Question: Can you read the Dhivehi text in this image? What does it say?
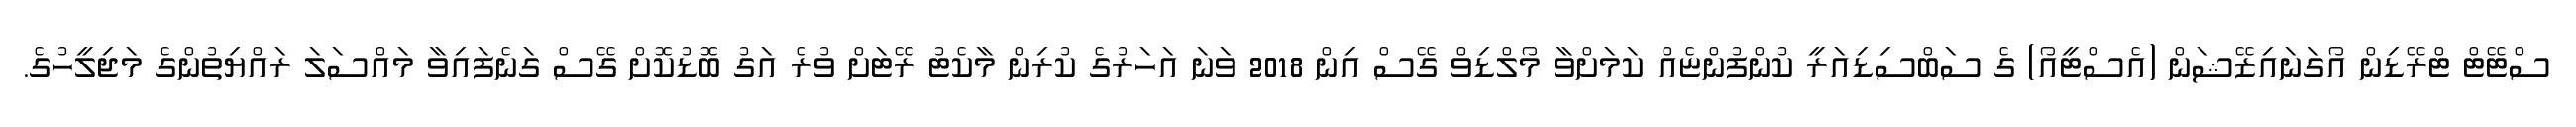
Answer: ސްޓޭޓް ޓްރޭޑިން އޯގަނައިޒޭޝަން (އެސްޓީއޯ) ގެ ސަބްސިޑިއަރީ ކުންފުންޏެއް ކަމަށްވާ މޯލްޑިވް ގޭސް އިން 2018 ވަނަ އަހަރުގެ ކުރިން މާކެޓު ރޭޓަށް ވުރެ އަގު ބޮޑުކޮށް ގޭސް ގަނެފައިވާ މައްސަލަ ރައްޔިތުންގެ މަޖިލީހުގެ.